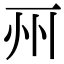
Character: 𠀦